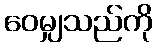
ဝေမျှသည်ကို